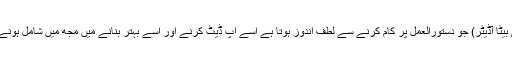
کوئی بھی (کوئی بیٹا آڈیٹر) جو دستورالعمل پر کام کرنے سے لطف اندوز ہوتا ہے اسے اپ ڈیٹ کرنے اور اسے بہتر بنانے میں مجھ میں شامل ہونے کا خیرمقدم ہے۔